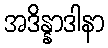
အဒိန္နာဒါနာ